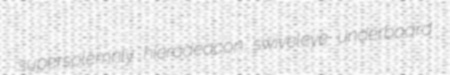
supersolemnly hierodeacon swiveleye underboard